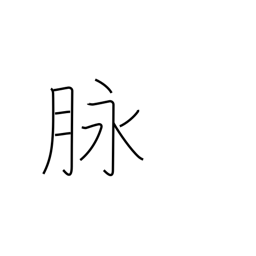
Meaning: vein (blood, ore)